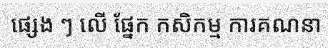
ផ្សេង ៗ លើ ផ្នែក កសិកម្ម ការគណនា